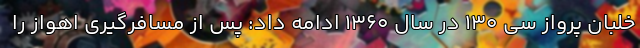
خلبان پرواز سی ۱۳۰ در سال ۱۳۶۰ ادامه داد: پس از مسافرگیری اهواز را